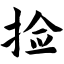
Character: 捡